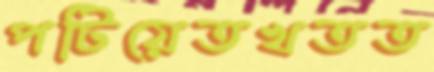
পটিয়েতখতত